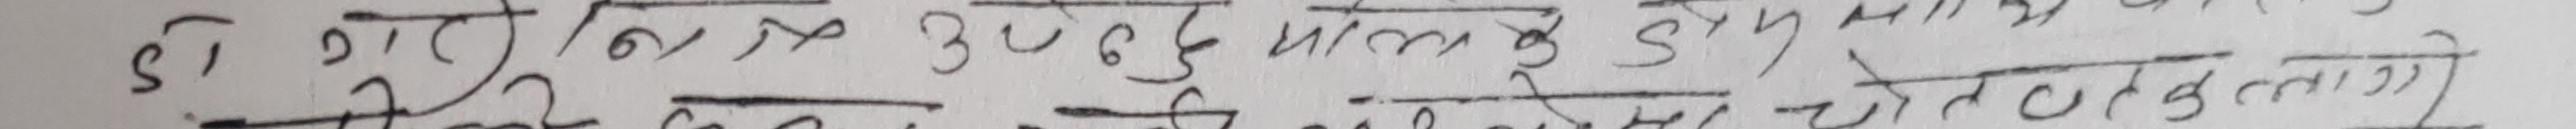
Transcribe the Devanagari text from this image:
९। श्री गोबिन्द उद्भव प्रमुख यस स्थान पहप्रमाण देखिने अक्षर माकतोलाई